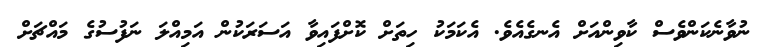
ނުވާނެކަންވެސް ކާވިންއަށް އެނގެއެވެ. އެކަމަކު ހިތަށް ކޮށްފައިވާ އަސަރަކުން އަމިއްލަ ނަފުސުގެ މައްޗަށް